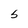
Character: S